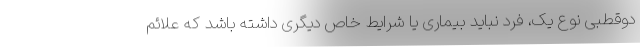
دوقطبی نوع یک، فرد نباید بیماری یا شرایط خاص دیگری داشته باشد که علائم